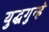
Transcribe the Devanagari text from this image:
युद्धगुन्हे